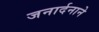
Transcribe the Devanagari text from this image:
जनार्दनाने